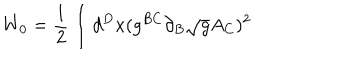
W _ { 0 } = \frac { 1 } { 2 } \int d ^ { D } x ( g ^ { B C } \partial _ { B } \sqrt { g } A _ { C } ) ^ { 2 }